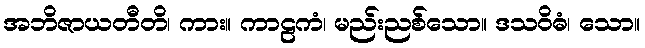
အဘိဇာယတီတိ၊ ကား။ ကာဠကံ၊ မည်းညစ်သော။ ဒသဝိဓံ၊ သော။